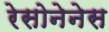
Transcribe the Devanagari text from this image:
रेसोनेनेस